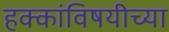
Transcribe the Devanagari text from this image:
हक्कांविषयीच्या